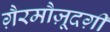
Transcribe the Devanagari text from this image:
ग़ैरमौज़ूदग़ी